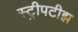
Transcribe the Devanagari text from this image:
स्ट्रीपटीझ